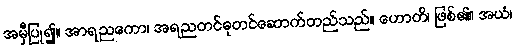
အမှီပြု၍။ အာရညကော၊ အရညတင်ဓုတင်ဆောက်တည်သည်။ ဟောတိ၊ ဖြစ်၏။ အယံ၊